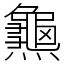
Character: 𪚰